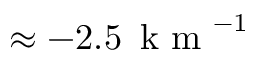
\approx - 2 . 5 \, \mathrm { ~ k ~ m ~ } ^ { - 1 }